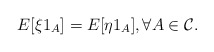
\begin{align*}E[\xi1_A]=E[\eta1_A], \forall A\in\mathcal{C}.\end{align*}